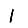
Digit: 1